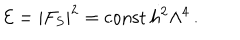
LaTeX: { \cal E } = | F _ { S } | ^ { 2 } = \mathrm { c o n s t } \, h ^ { 2 } \Lambda ^ { 4 } \, .